Indian journal of veterinary science and animal husbandry - Volume 14,
Year: 1944
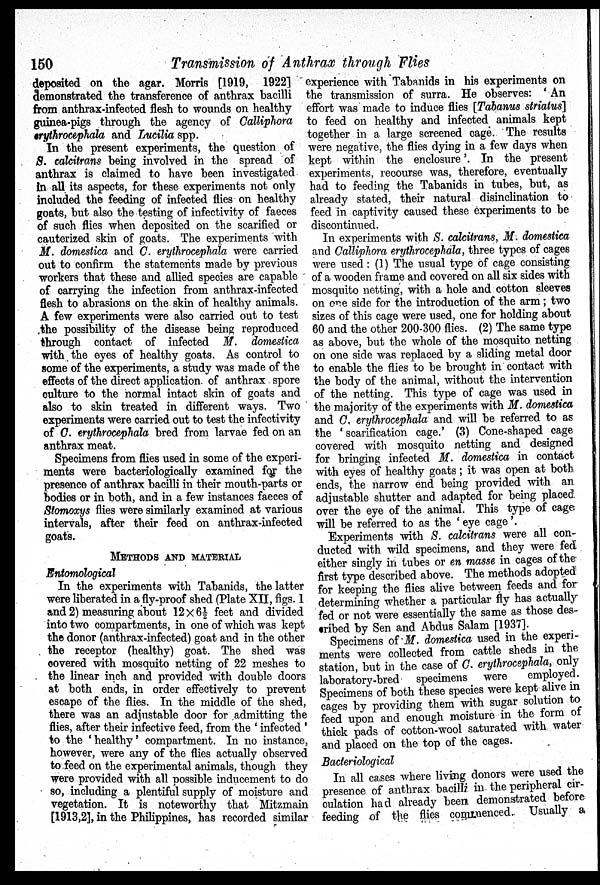
150
Transmission of Anthrax through Flies
deposited on the agar. Morris [1919, 1922]
demonstrated the transference of anthrax bacilli
from anthrax-infected flesh to wounds on healthy
guinea-pigs through the agency of Calliphora
erythrocephala and Lucilia spp.
In the present experiments, the question of
S. calcitrans being involved in the spread of
anthrax is claimed to have been investigated
in all its aspects, for these experiments not only
included the feeding of infected flies on healthy
goats, but also the testing of infectivity of faeces
of such flies when deposited on the scarified or
cauterized skin of goats. The experiments with
M. domestica and C. erythrocephala were carried
out to confirm the statements made by previous
workers that these and allied species are capable
of carrying the infection from anthrax-infected
flesh to abrasions on the skin of healthy animals.
A few experiments were also carried out to test
the possibility of the disease being reproduced
through contact of infected M. domestica
with the eyes of healthy goats. As control to
some of the experiments, a study was made of the
effects of the direct application of anthrax spore
culture to the normal intact skin of goats and
also to skin treated in different ways. Two
experiments were carried out to test the infectivity
of C. erythrocephala bred from larvae fed on an
anthrax meat.
Specimens from flies used in some of the experi-
ments were bacteriologically examined for the
presence of anthrax bacilli in their mouth-parts or
bodies or in both, and in a few instances faeces of
Stomoxys flies were similarly examined at various
intervals, after their feed on anthrax-infected
goats.
METHODS AND MATERIAL
Entomological
In the experiments with Tabanids, the latter
were liberated in a fly-proof shed (Plate XII, figs. 1
and 2) measuring about 12 × 6½ feet and divided
into two compartments, in one of which was kept
the donor (anthrax-infected) goat and in the other
the receptor (healthy) goat. The shed was
covered with mosquito netting of 22 meshes to
the linear inch and provided with double doors
at both ends, in order effectively to prevent
escape of the flies. In the middle of the shed,
there was an adjustable door for admitting the
flies, after their infective feed, from the ' infected '
to the 'healthy' compartment. In no instance,
however, were any of the flies actually observed
to feed on the experimental animals, though they
were provided with all possible inducement to do
so, including a plentiful supply of moisture and
vegetation. It is noteworthy that Mitzmain
[1913,2], in the Philippines, has recorded similar
experience with Tabanids in his experiments on
the transmission of surra. He observes: ' An
effort was made to induce flies [Tabanus striatus]
to feed on healthy and infected animals kept
together in a large screened cage. The results
were negative, the flies dying in a few days when
kept within the enclosure'. In the present
experiments, recourse was, therefore, eventually
had to feeding the Tabanids in tubes, but, as
already stated, their natural disinclination to
feed in captivity caused these experiments to be
discontinued.
In experiments with S. calcitrans, M. domestica
and Calliphora erythrocephala, three types of cages
were used: (1) The usual type of cage consisting
of a wooden frame and covered on all six sides with
mosquito netting, with a hole and cotton sleeves
on one side for the introduction of the arm; two
sizes of this cage were used, one for holding about
60 and the other 200-300 flies. (2) The same type
as above, but the whole of the mosquito netting
on one side was replaced by a sliding metal door
to enable the flies to be brought in contact with
the body of the animal, without the intervention
of the netting. This type of cage was used in
the majority of the experiments with M. domestica
and C. erythrocephala and will be referred to as
the ' scarification cage. ' (3) Cone-shaped cage
covered with mosquito netting and designed
for bringing infected M. domestica in contact
with eyes of healthy goats; it was open at both
ends, the narrow end being provided with an
adjustable shutter and adapted for being placed
over the eye of the animal. This type of cage
will be referred to as the ' eye cage '.
Experiments with S. calcitrans were all con-
ducted with wild specimens, and they were fed
either singly in tubes or en masse in cages of the
first type described above. The methods adopted
for keeping the flies alive between feeds and for
determining whether a particular fly has actually
fed or not were essentially the same as those des-
cribed by Sen and Abdus Salam [1937].
Specimens of M. domestica used in the experi-
ments were collected from cattle sheds in the
station, but in the case of C. erythrocephala, only
laboratory-bred specimens were
employed.
Specimens of both these species were kept alive in
cages by providing them with sugar solution to
feed upon and enough moisture in the form of
thick pads of cotton-wool saturated with water
and placed on the top of the cages.
Bacteriological
In all cases where living donors were used the
presence of anthrax bacilli in the peripheral cir-
culation had already been demonstrated before
feeding of the flies commenced. Usually a